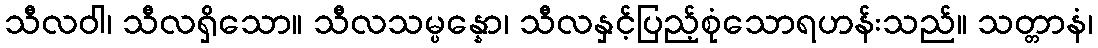
သီလဝါ၊ သီလရှိသော။ သီလသမ္ပန္နော၊ သီလနှင့်ပြည့်စုံသောရဟန်းသည်။ သတ္တာနံ၊